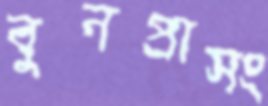
বুনপ্রাসং